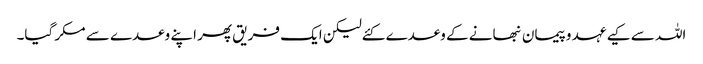
اللہ سے کیے عہد وپیمان نبھانے کے وعدے کئےلیکن ایک فریق پھر اپنے وعدے سے مکر گیا۔